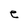
Character: e